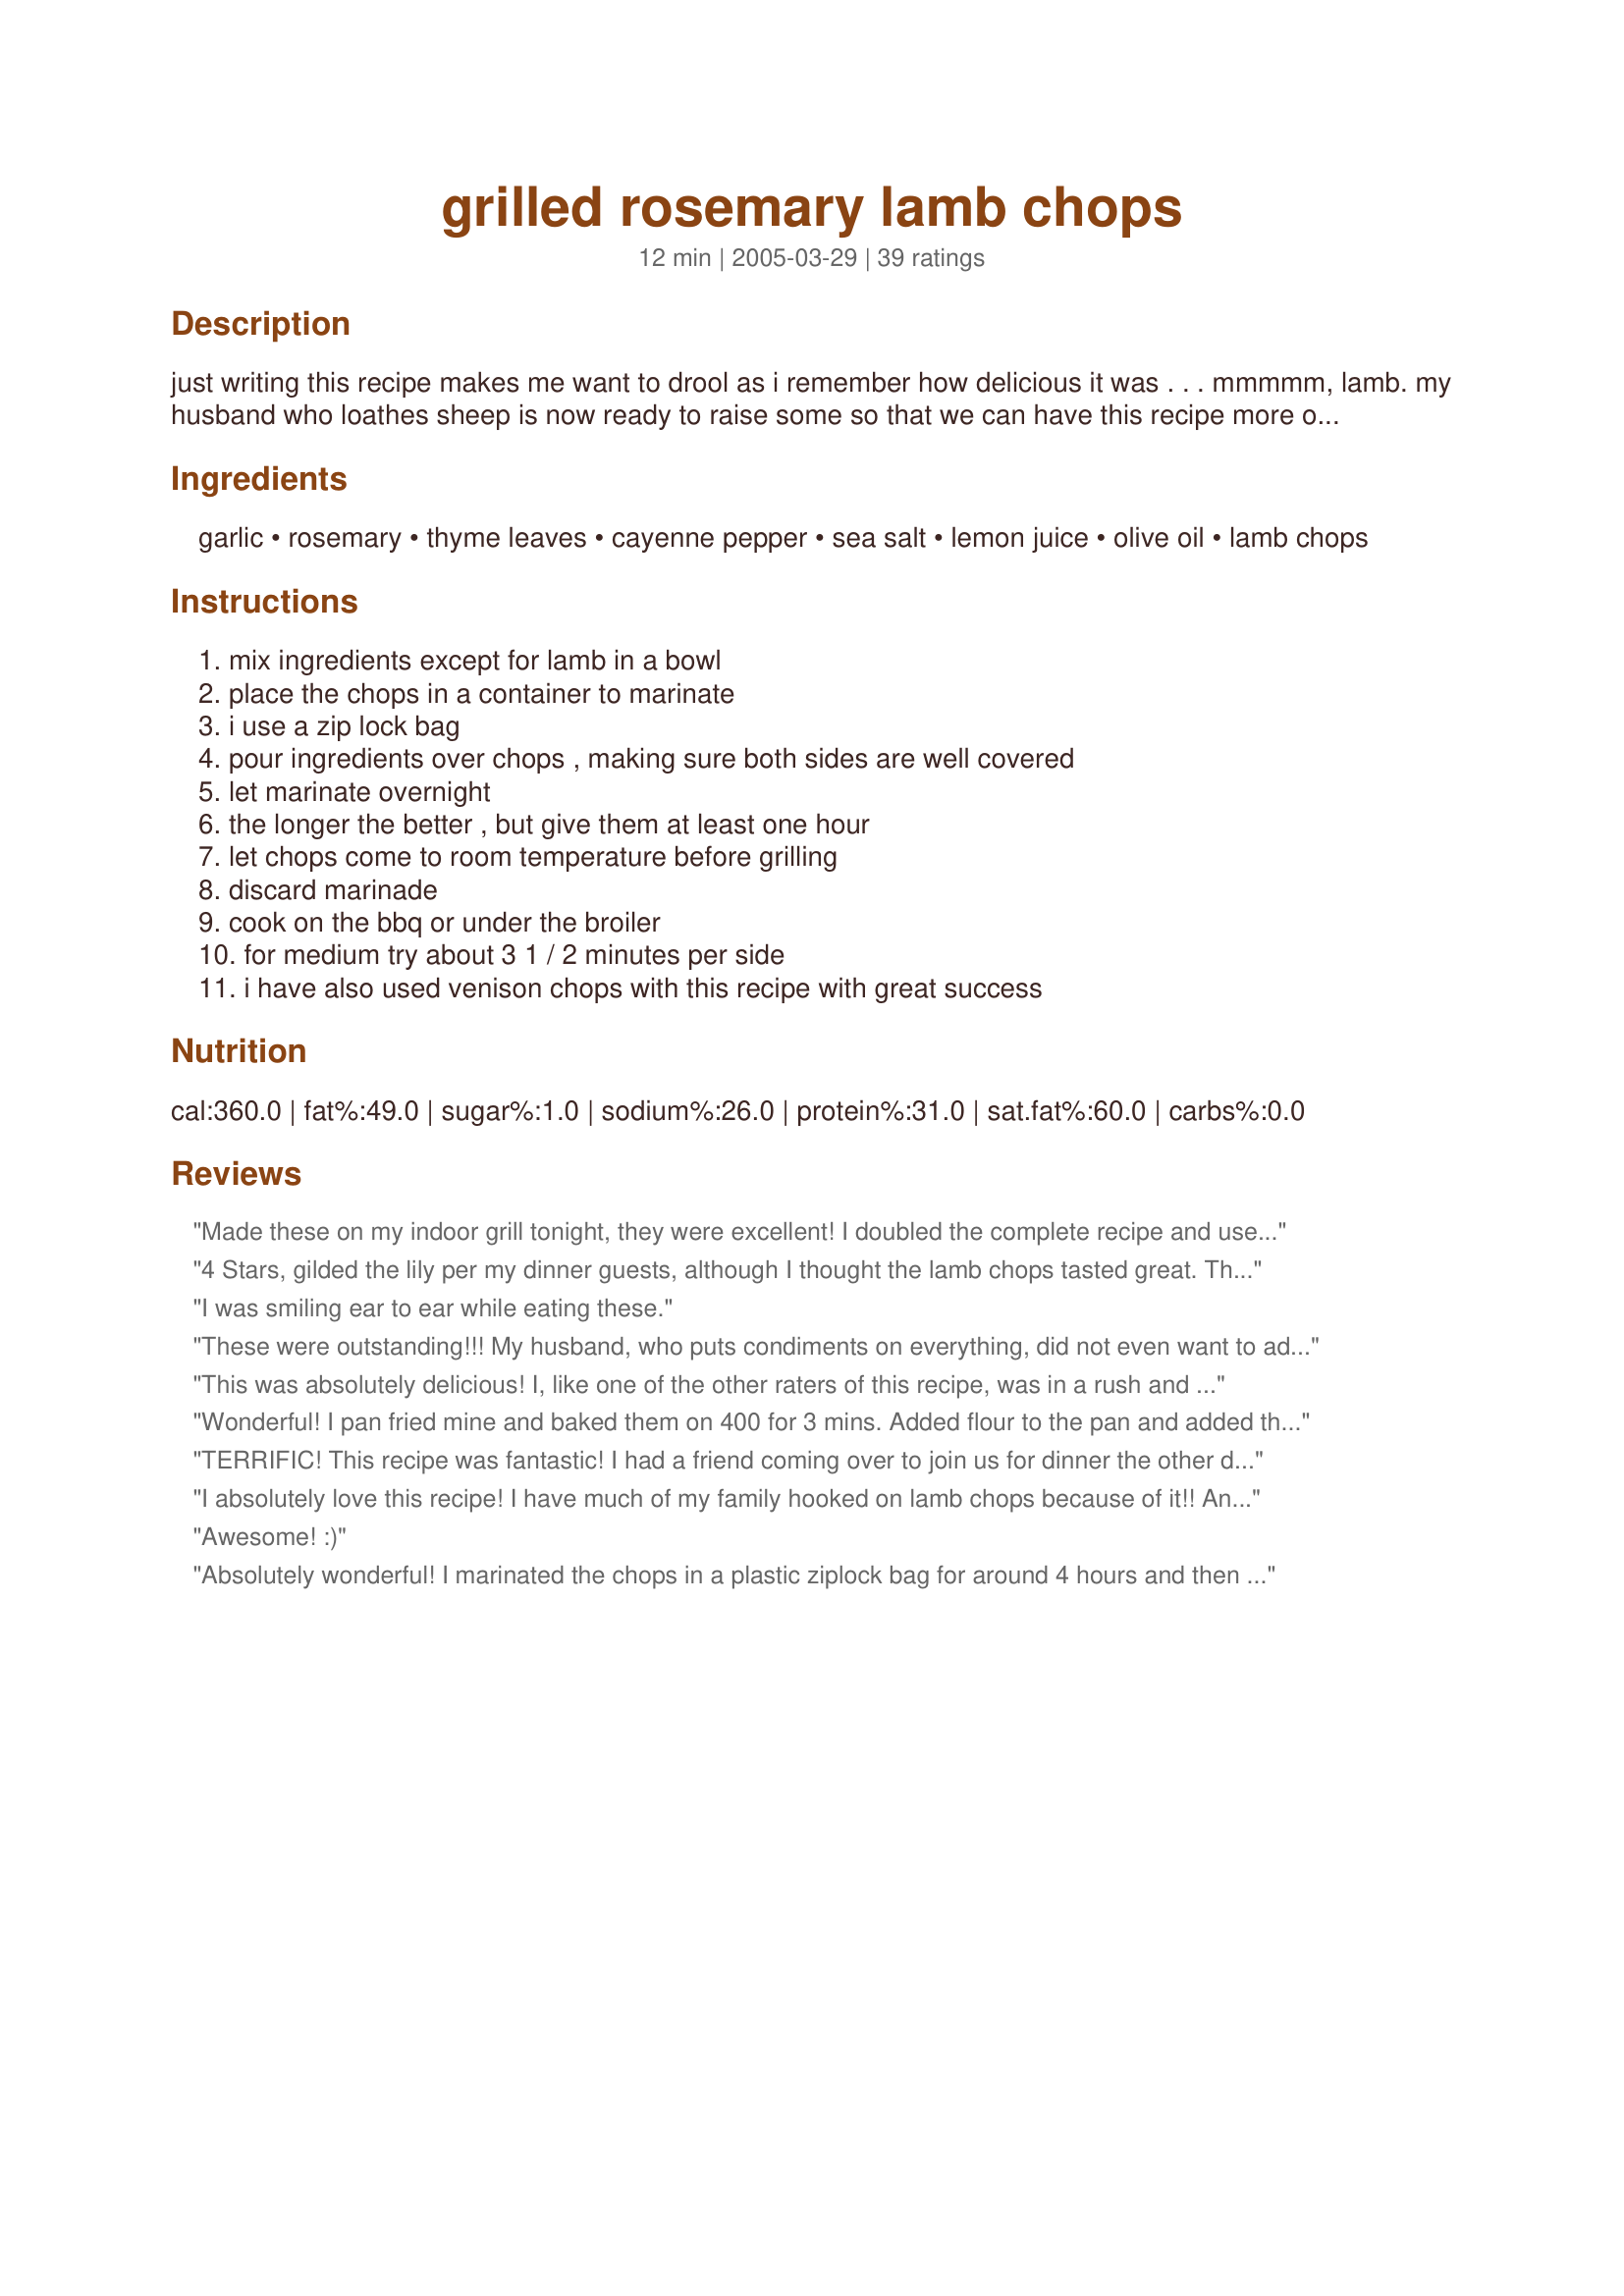
grilled rosemary lamb chops
Preparation time: 12 minutes

just writing this recipe makes me want to drool as i remember how delicious it was . . . mmmmm, lamb. my husband who loathes sheep is now ready to raise some so that we can have this recipe more often. easy. yummy. lamby.

Ingredients:
garlic, rosemary, thyme leaves, cayenne pepper, sea salt, lemon juice, olive oil, lamb chops

Steps:
mix ingredients except for lamb in a bowl, place the chops in a container to marinate, i use a zip lock bag, pour ingredients over chops , making sure both sides are well covered, let marinate overnight, the longer the better , but give them at least one hour, let chops come to room temperature before grilling, discard marinade, cook on the bbq or under the broiler, for medium try about 3 1 / 2 minutes per side, i have also used venison chops with this recipe with great success

Reviews:
Made these on my indoor grill tonight, they were excellent! I doubled the complete recipe and used Kosher salt in place of sea salt, and also used about 2 tablespoons chopped garlic for a double recipe. I will definately make this again, the lamb was very tasty and tender, I marinated mine overnight, and I suggest anyone who makes this recipe to do so. I served this with a Greek-style tomato salad, what a great meal! thanks for posting!...Kittencal:)
4 Stars, gilded the lily per my dinner guests, although I thought the lamb chops tasted great. This should be great for venison steaks.
I was smiling ear to ear while eating these.
These were outstanding!!! My husband, who puts condiments on everything, did not even want to add a thing to them. I wish I had made more this time and I look forward to making them again.
This was absolutely delicious! I, like one of the other raters of this recipe, was in a rush and only marinated the chops for an hour. It was still so perfect! The lemon gave it a little tang, and the other flavors blended so beautifully. This is definitely one of my favorite recipes now!!
Wonderful! I pan fried mine and baked them on 400 for 3 mins. Added flour to the pan and added the remaining marinade and 1/2 cup of white wine. Reduced by half and tossed in some roasted fingerling potatoes. Ummm good!
TERRIFIC! This recipe was fantastic! I had a friend coming over to join us for dinner the other day. He claimed that he didn&#039;t really like lamb. But this lamb chop totally blew his mind. In addition to what&#039;s stated in the recipe, I added 1/2 teaspoon of cumin seeds to the marinade. Broiled the chops for 4 minutes for each side since ours were a little thick. The flavor came out excellent! Thank you so much for sharing! I will be making this often!
I absolutely love this recipe! I have much of my family hooked on lamb chops because of it!! And the best part is that it is so quick and easy.
Awesome! :)
Absolutely wonderful! I marinated the chops in a plastic ziplock bag for around 4 hours and then grilled them. So tender. Will definitely be making them again.
Excellent! I was a bit worried that it wouldn't be very flavourful after only 1.5 hours of marinating, but boy was I wrong! So delicious and lemony. Like another reviewer, I also added in some chopped peppermint. I can't wait to try this again with a longer marinade time.
Fanstastic chops. I marinated for 6 hours and then grilled them. The garlic, rosemary and thyme gave the chops a perfect taste. 
I will make again, only next time I will make more. Thanks for posting the recipe.
Delicious - I pan fried my chops and cut the recipe to 2 chops, marinated them for 6 hours. I used no oil on the pan there was enough in the marinade that clung to the chops. 4 minutes each side medium high heat - they were pink and perfect. I like the addition of the cayenne and I was generous with my pinch, the other herbs melded with the lemon to givea lovely tang to the chops. Thanls for a very enjoyable dinner *****sandy
Sooo good! My mom insisted on lamb- which I usually object to- but this recipe made me forget my hang-ups! Perfect blend of tangy and spicy (I used more than a dash of cayenne!) Will make again next time mom is in town!
Unbelievably delicious!!!
This was REALLY delicious! I had two really beautiful lamb chops and I made this marinade for them - total marinade time was about 5 hours. Just delicious! Thank you so much for sharing this one!
Wonderful recipe Sandy! I'm with your husband, I used to loathe lamb also but my boyfriend loves it. This recipe is delicious! I made as directed but added some chopped mint from my garden to the marinade. Thanks for sharing!
Very good flavor!
This was by far the best lamb chops I have ever had!! I will be buying lamb more often, way too yummy............
It's a very rare instance if we pick up some lamb chops; so I was very excited to finally try out this recipe. I actually ended up marinating these chops for a full 2 days and I was worried that it might have been too long, but they were perfect! Grilled them out in the backyard and I guess ours were a little thicker and ended up needing a little more time cooking, but the flavours were outstanding and the chops were really juicy and just perfect. Thank you so much!
Very good. I mixed up the marinade and let the meat soak in the the fridge all day. Mine were about 1 1/2" thick and took about 5-6 minutes per side to be done to our liking (brown outside, pink inside). I used a grill pan to cook them.
Was afraid my wife wasn&#039;t going to eat this because she smelled the meat before hand, but the marinade was great. Definatly goin to cook this again!
Fabulous!!!We devoured these, or should I say - inhaled - these. Put them in the marinade before going to work this morning and pan fried them for dinner. Served with a cucumber salad and Recipe #135341 Potatoes and Onions. Made a great meal. This is a keeper!
We made this last night and it was delicious! I was looking for ribeyes, but the lamb was reduced for quick sale, so I took a chance. Wonderful! Would make again.
I pan fried these according to Bergy's instructions, and they were just fantastic! The lemon and garlic flavour really comes through. I tossed fresh sprigs of rosemary in with the lamb while marinating, and the rosemary flavour was so nice and subtle. A definite keeper!! Thanks Sandy!
These were amazing! Marinated them for about 3 hours and cooked in a pan under the broiler. I included the marinade in the pan and used the drippings over our roasted vegetables on the side.
I made this in a mad dash and marinated only for an hour. The flavors were great, although I realize now that I forgot the cayenne pepper. I cooked mine on the stove top with grill pan. Next time, I will marinate overnight and add the pepper!! Absolutely worth doing it again.
We didn&#039;t think there could be a better marinade than the one I&#039;ve used for years with balsamic, soy, rosemary, oj etc. However I tried this last night it is wonderful now I have 2 great marinades for lamb which we love.
Had the guys over and tried this marinade for some good/healthy protein. Prefect meal and the guys expect another invite. 3 1/2 mins -perfect medium rare
I marinated these bad boys for two days (I had to skip making them the first because I got busy). They were soooo moist and good. Loved every bite!
Very good, I followed the recipe and used fresh lemon juice, marinated overnight, broiled 5 min on one side and 4 on the other. I wanted medium and they were perfect.
Tender, juicy and delicious chops and loved that they were so easy to prepare; Served them with a Greek salad and Mashed Potatoes, we loved our meal!
I only had 3 chops so I used the juice of 2 limes in the marinade and let it marinate overnight.I used my George Foreman to cook the lamb and it was perfectly cooked in a total of three and a half minutes. I served it with white asparagus and baked rice for a truly enjoyable meal. Thanks for sharing.
Wonderful, and easy. I used the broiler, and they couldn't have been better. If you like lamb chops, try this recipe!
I don't buy lamb very often because it is soooo expensive, but this recipe is excellent! It takes away that "wild" taste of the meat, and gives it a little bit of a zing!! If you are looking for an excellent lamb chop experience, you will make this recipe more than once! Thanks!
Simple ingredients, easy and quick to make; but most importantly - tastes delicious. I grilled the chops and served them with green salad and mustard potato mash.
Excellent recipe. I used a little more garlic and dry spices as I had 6 lamb chops to marinade. Broiled 3 minutes, turned over and went another 4 minutes. Really, really good flavor - I marinaded about 26 hours.
Very easy, very tasty recipe. I've always loved lamb, garlic and lemon together but I usually use oregano with this combination. I really enjoyed this with the rosemary. A nice simple thing to do for an evening meal. Yummy!
I have made these a few times and this is the only way I will eat lamb chops! They come out very tender. I also add kosher salt instead of sea salt and extra minced garlic. SO good! I try to marinate them overnight as well, but I have marinated them 6-8 hours (put them in a ziploc with all of the ingredients in the morning and grilled them for dinner) and they were still awesome. Thank you Sandy!
